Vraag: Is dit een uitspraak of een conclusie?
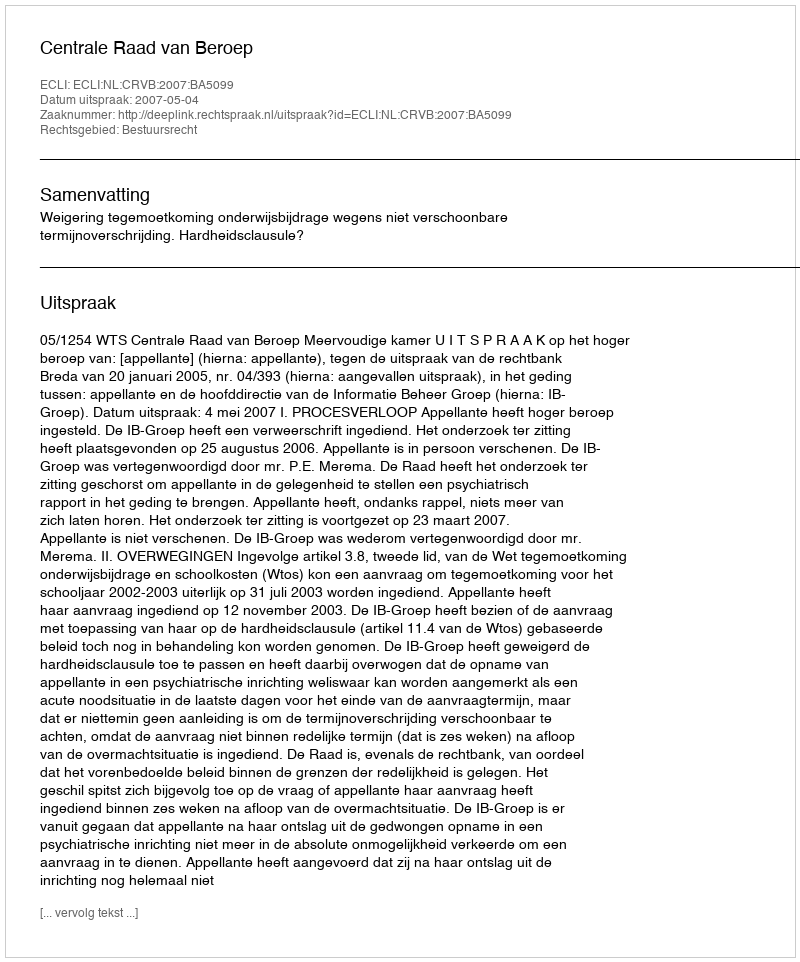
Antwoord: Uitspraak